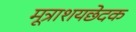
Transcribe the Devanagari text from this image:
मूत्राशयछेदक